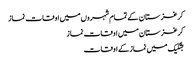
کرغزستان کے تمام شہروں میں اوقات نماز
کرغزستان میں اوقات نماز
بشکیک میں نماز کے اوقات